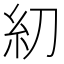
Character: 糿